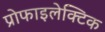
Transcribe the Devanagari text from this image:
प्रोफाइलेक्टिक